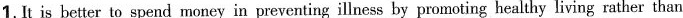
1. It is better to spend money in preventing illmess by promoting healthy living rather than